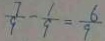
\frac { 7 } { 9 } - \frac { 1 } { 9 } = \frac { 6 } { 9 }